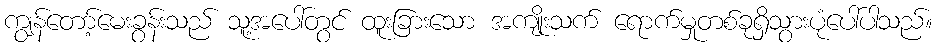
ကျွန်တော့်မေးခွန်းသည် သူ့အပေါ်တွင် ထူးခြားသော အကျိုးသက် ရောက်မှုတစ်ခုရှိသွားပုံပေါ်ပါသည်။